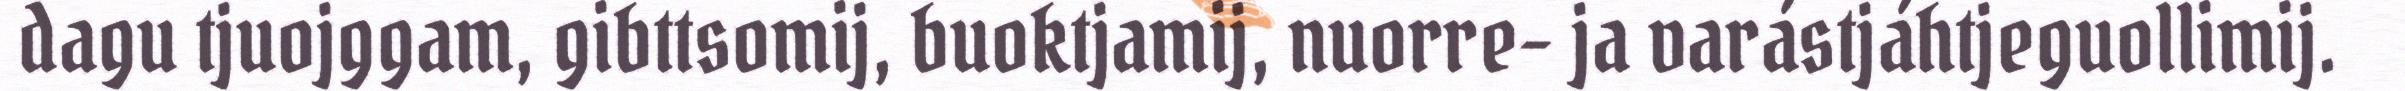
dagu tjuojggam, gibttsomij, buoktjamij, nuorre- ja varástjáhtjeguollimij.